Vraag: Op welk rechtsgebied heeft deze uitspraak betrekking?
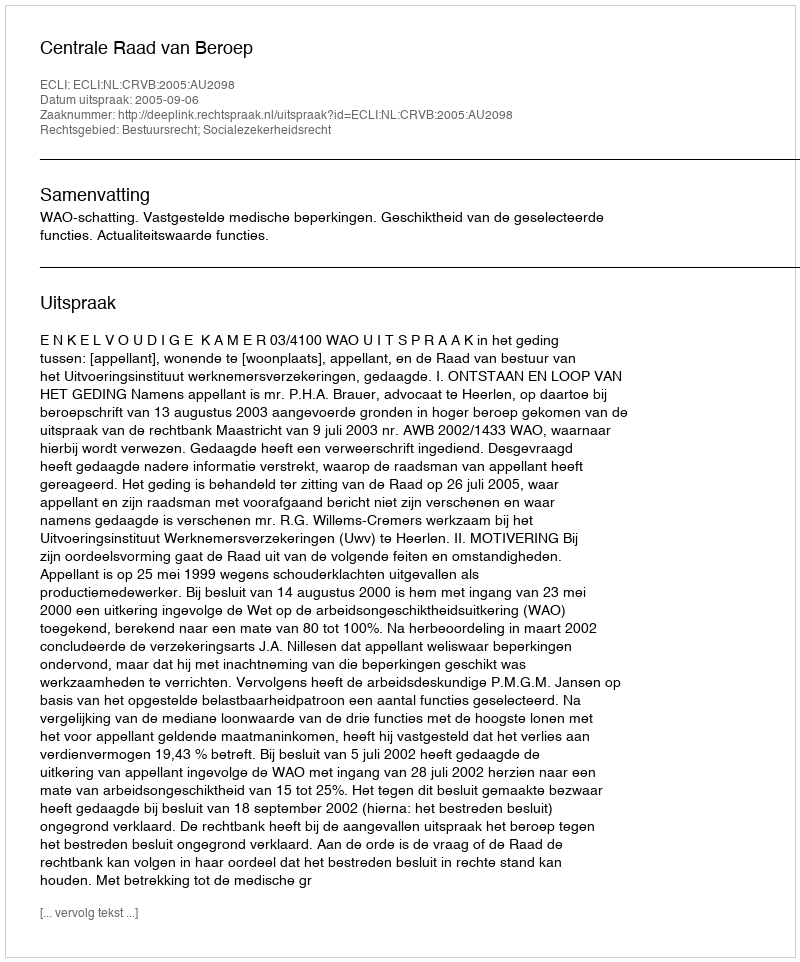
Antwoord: Bestuursrecht; Socialezekerheidsrecht